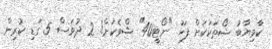
ކާމިޔާބު ޝޯތަކަކަށް ފަހު "ނޯޓީ40" ޝްވެކަށް! 2 ދުވަސް 5 ގަޑި ކުރިން